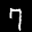
Label: 7